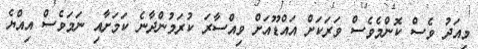
މިއަދު ވެސް ކޮންމެވެސް ވަރަކަށް އައްޑޫއަށް ވިއްސާރަ ކުރަމުންދާނެ ކަަމަށާއި ނަަމަވެސް އިއްޔެ